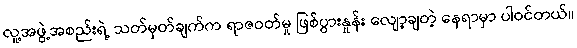
လူ့အဖွဲ့အစည်းရဲ့ သတ်မှတ်ချက်က ရာဇဝတ်မှု ဖြစ်ပွားနှုန်း လျော့ချတဲ့ နေရာမှာ ပါဝင်တယ်။